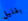
بقليل